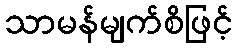
သာမန်မျက်စိဖြင့်